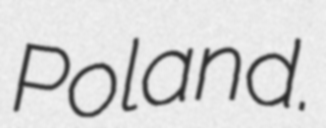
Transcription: Poland.